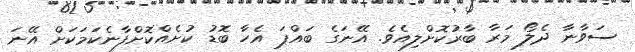
ސަވާނާ ދެލޯ މަރާ ބާރުކޮށްލިއެވެ. އޭނަގެ ބައްޕަ އެހާ ބޮޑު ކުށެއްކޮށްފާނެކަމަކަށް އޭނަ